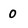
Character: 0